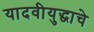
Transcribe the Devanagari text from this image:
यादवीयुद्धाचे